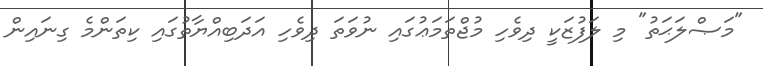
"މަޞްލަޙަތު" މި ލަފުޒަކީ ދިވެހި މުޖްތަމަޢުގައި ނުވަތަ ދިވެހި އަދަބިއްޔާތުގައި ކިތަންމެ ގިނައިން